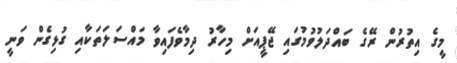
މީގެ އިތުރުން ރޭގެ ބައްދަލުވުމުގައި ޖޭޕީއަށް މިހާރު ދިމާވެފައިވާ މައްސަލަތަކާއި ގުޅިގެން ވަނީ